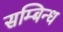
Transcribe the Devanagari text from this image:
सम्बिन्ध